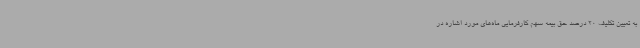
به تعیین تکلیف 20 درصد حق بیمه سهم کارفرمایی ماه‌های مورد اشاره در